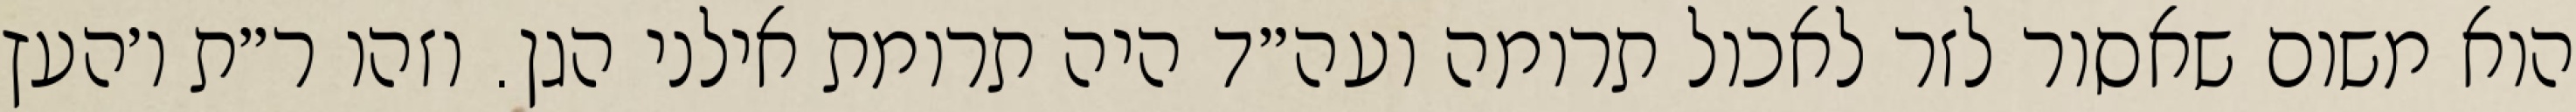
הוא משום שאסור לזר לאכול תרומה ועה״ד היה תרומת אילני הגן. וזהו ר״ת ו׳העץ